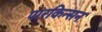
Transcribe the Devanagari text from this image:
पारकिन्सन